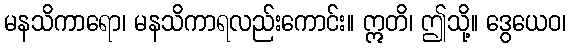
မနသိကာရော၊ မနသိကာရလည်းကောင်း။ ဣတိ၊ ဤသို့။ ဒွေယေဝ၊